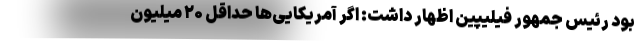
بود رئیس جمهور فیلیپین اظهار داشت: اگر آمریکایی‌ها حداقل ۲۰ میلیون